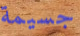
جسيمة